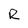
Character: R